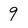
Character: 9